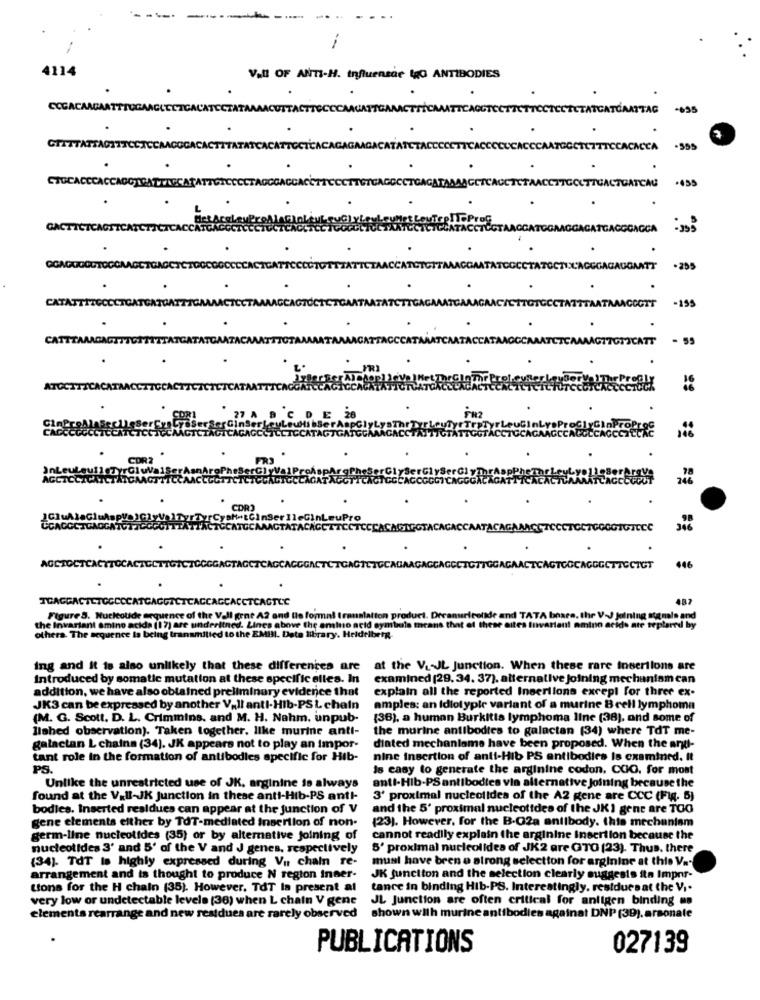
4114
Vall OF ANTI-H. influenzae lgG ANTIBODIES
COCACAAGAAT
AGGTE
CCTECTO
FATCATGAATTAG
-095
TCACCCCUCACCCAATOGETET
TCCACACCA
CTUCACCCA
TOACT
GATCAG
.435
GACTTCTCAGITCAT
GGA
DOCO
.255
CAT
AGAAGICT
TGCG
-155
CATTZAMAGAD
ITTATCATATCAATACAN
CTTTOTAL
- 55
ATOCITTCACATAACCITCCA
CDR2
CAGNOGTACA
CAATACAG?
TOCTCACT
CTGCTTGTCTGGGGAGTAGCZ
ACC
CTTGGAC
CAGTGOCAGGGCTTCCTCT
446
487
Figure 3. Nucleotide erquence of the Vall gene A2 and the formal translation product.
. Drran
Hrotide ar
TATA boxen. the V-J Joining stenals and
the Invariant amino acida (17) are underitned. Lines above the amino acid symbole mnea
means
el these
variant amino acido ate teplared by
others. The sequence is being transmitted to the EMBI. Deta library. Heidelberg-
ing and it is also unlikely that these differences are
at the Vi-JL Junction. When these rare insertions are
Introduced by somatic mutation at these specific elles. In
examined (29. 34. 37). alternative joining mechanism can
addition, we have also obtained preliminary evidence that
explain all the reported Insertions except for three ex-
JK3 can be expressed by another Vall anti-Hib-PSL chain
amples: an Idiotypie variant of a murine Bcell lymphoma
(M. G. Scott. D. L. Criminins, and M. H. Nahm, unpub-
(36), a human Burkitta lymphoma line (38), and some of
lished observation). Taken together, like murine anti-
the murine antibodies to galactan (34) where TdT me-
galactan L chains (34). JK appears not to play an impor-
diated mechanlame have been proposed. When the anti-
tant role in the formation of antibodies specific for Hib-
nine insertion of anti-Hib PS antibodies Is examined. It
PS.
Is easy to generate the arginine codon, CCO. for most
Unlike the unrestricted use of JK. arginine to always
anti-Hib-PS antibodies vin alternative Joining because the
found at the Vall-JK Junction in these anti-Hib-PS anti-
3' proximal nucleotides of the A2 gene are CCC (Fig. 5)
bodies. Inserted residues can appear at the junction of V
and the 5' proximal nucleotides of the JKI gene are TOO
gene elements either by TOT-mediated insertion of non-
(23). However, for the B-G2a antibody. this mechanism
germ-line nucleotides (35) or by alternative joining of
cannot readily explain the arginine Insertion because the
nucleotides 3' and 5' of the V and J genes, respectively
5' proximal nucleolides of JK2 are GTO (23). Thus, there
(34). TOT Is highly expressed during Vu chain re-
must have been e atrong selection for arginine at this Va-
arrangement and is thought to produce N region Inaer-
JK function and the selection clearly suggests ita Impor-
tions for the H chain (35). However, TOT la present at
tance in binding Hib-PS. Interestingly. restdurs at the Vi.
very low or undetectable levels (36) when L chain V gene
JL Junction are often critical for antigen binding mo
elements rearrange and new restdues are rarely observed
shown with murine antibodies againat DNP (39). arsonale
PUBLICATIONS
027139